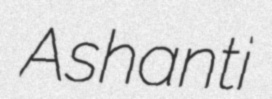
Ashanti